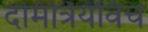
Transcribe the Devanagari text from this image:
दमित्रियेविच